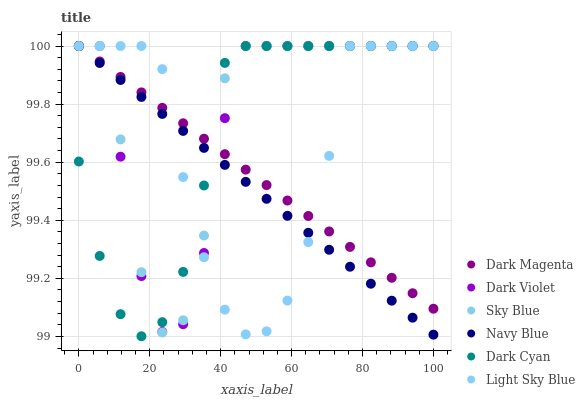
| xaxis_label | Dark Magenta | Dark Violet | Sky Blue | Navy Blue | Dark Cyan | Light Sky Blue |
 | --- | --- | --- | --- | --- | --- | --- |
 | 0 | 100 | 100 | 100 | 100 | 99.6 | 100 |
 | 5.88 | 99.9 | 100 | 100 | 99.9 | 99.3 | 100 |
 | 11.8 | 99.9 | 99.6 | 99.7 | 99.9 | 99.1 | 100 |
 | 17.6 | 99.8 | 99.2 | 99.2 | 99.8 | 99 | 100 |
 | 23.5 | 99.8 | 99 | 99 | 99.8 | 99 | 99.9 |
 | 29.4 | 99.7 | 99 | 99.1 | 99.7 | 99.2 | 99.5 |
 | 35.3 | 99.7 | 99.3 | 99.3 | 99.6 | 99.5 | 99.3 |
 | 41.2 | 99.6 | 99.8 | 99.9 | 99.6 | 99.9 | 99.1 |
 | 47.1 | 99.6 | 100 | 100 | 99.5 | 100 | 99 |
 | 52.9 | 99.5 | 100 | 100 | 99.5 | 100 | 99 |
 | 58.8 | 99.5 | 100 | 100 | 99.4 | 100 | 99.1 |
 | 64.7 | 99.4 | 100 | 100 | 99.4 | 100 | 99.3 |
 | 70.6 | 99.4 | 100 | 100 | 99.3 | 100 | 99.6 |
 | 76.5 | 99.3 | 100 | 100 | 99.2 | 100 | 100 |
 | 82.4 | 99.3 | 100 | 100 | 99.2 | 100 | 100 |
 | 88.2 | 99.2 | 100 | 100 | 99.1 | 100 | 100 |
 | 94.1 | 99.1 | 100 | 100 | 99.1 | 100 | 100 |
 | 100 | 99.1 | 100 | 100 | 99 | 100 | 100 |